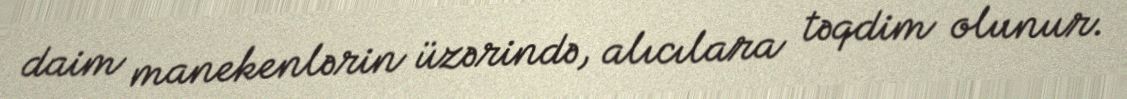
daim manekenlərin üzərində, alıcılara təqdim olunur.